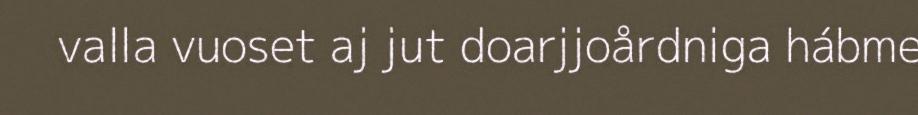
valla vuoset aj jut doarjjoårdniga hábme